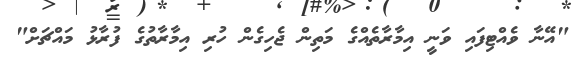
"އޭނާ ވެއްޓިފައި ވަނީ އިމާރާތެއްގެ މަތިން ޖެހިގެން ހުރި އިމާރާތުގެ ފުރާޅު މައްޗަށް"